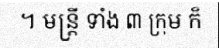
។ មន្ត្រី ទាំង ៣ ក្រុម ក៏